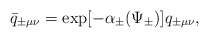
\begin{align*}\bar{q}_{\pm\mu\nu} = \exp[-\alpha_{\pm}(\Psi_{\pm})]q_{\pm\mu\nu}, \end{align*}